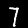
Digit: 7